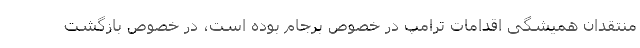
منتقدان همیشگی اقدامات ترامپ در خصوص برجام بوده است، در خصوص بازگشت